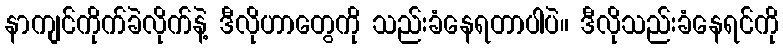
နာကျင်ကိုက်ခဲလိုက်နဲ့ ဒီလိုဟာတွေကို သည်းခံနေရတာပါပဲ။ ဒီလိုသည်းခံနေရင်ကို